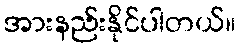
အားနည်းနိုင်ပါတယ်။